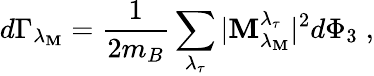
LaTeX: d\Gamma_{\lambda_{\mathbf{M}}}=\frac{{1}}{{2m_{B}}}\sum_{\lambda_{\tau}}|{\cal\mathbf{M}}_{\lambda_{\mathbf{M}}}^{\lambda_{\tau}}|^{2}d\Phi_{3}\; ,